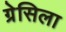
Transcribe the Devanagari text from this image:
ग्रेसिला